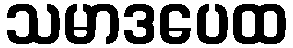
သမာဒပေထ